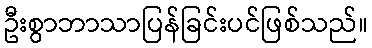
ဦးစွာဘာသာပြန်ခြင်းပင်ဖြစ်သည်။